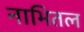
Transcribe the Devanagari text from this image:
नाभितल